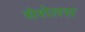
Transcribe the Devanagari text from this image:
सेशेलस